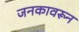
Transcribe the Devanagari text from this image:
जनकावरून